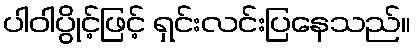
ပါဝါပွိုင့်ဖြင့် ရှင်းလင်းပြနေသည်။